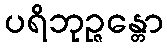
ပရိဘုဉ္ဇန္တော